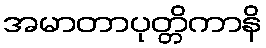
အမာတာပုတ္တိကာနိ